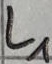
Text: L1